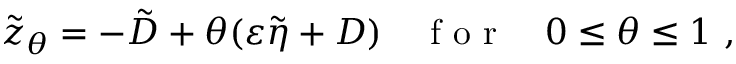
\tilde { z } _ { \theta } = - \tilde { D } + \theta ( \varepsilon \tilde { \eta } + D ) \quad \mathrm { ~ f ~ o ~ r ~ } \quad 0 \leq \theta \leq 1 \ ,